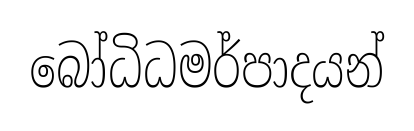
බෝධිධමර්පාදයන්